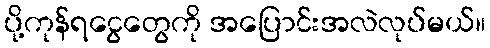
ပို့ကုန်ရငွေတွေကို အပြောင်းအလဲလုပ်မယ်။